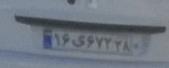
۱۶ی۶۷۲۳۸